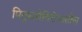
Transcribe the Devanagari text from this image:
पितृसत्तेविरोधातील